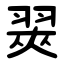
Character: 翜